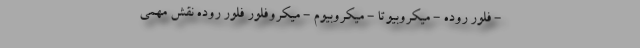
- فلور روده - میکروبیوتا - میکروبیوم - میکروفلور فلور روده نقش مهمی